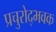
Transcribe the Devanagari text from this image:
प्रचुरोद्भवक